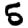
Digit: 5